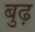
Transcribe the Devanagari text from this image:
बुढ़